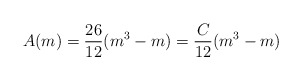
\begin{align*}A(m)=\frac{26}{12}(m^3-m) = \frac{C}{12}(m^{3}-m)\end{align*}